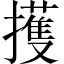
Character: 擭